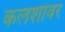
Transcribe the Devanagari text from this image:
कलशांवर